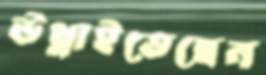
উথ্‌লাইতেছেন